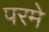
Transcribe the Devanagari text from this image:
परमे